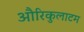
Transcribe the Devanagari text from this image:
औरिकुलाटम